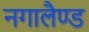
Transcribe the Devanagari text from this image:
नगालैण्ड